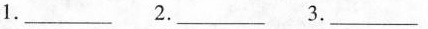
1.___ 2.___ 3.___